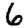
Digit: 6